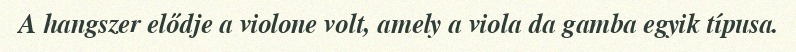
A hangszer elődje a violone volt, amely a viola da gamba egyik típusa.